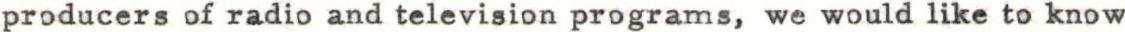
producers of radio and television programs, we would like to know